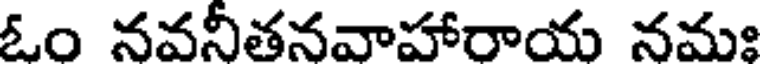
ఓం నవనీతనవాహారాయ నమః